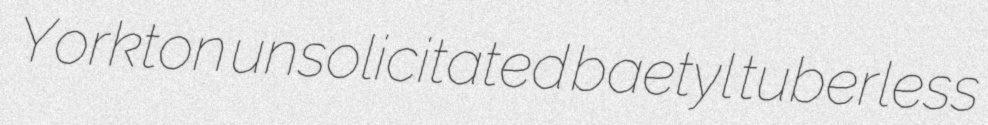
Yorkton unsolicitated baetyl tuberless